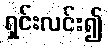
ရှင်းလင်း၍